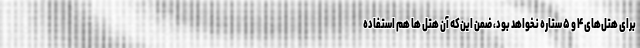
برای هتل‌های ۴ و ۵ ستاره نخواهد بود، ضمن این‌که آن هتل ها هم استفاده